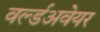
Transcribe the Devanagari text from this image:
वर्ल्डअवेयर